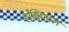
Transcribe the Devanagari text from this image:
हाँसि्पटल